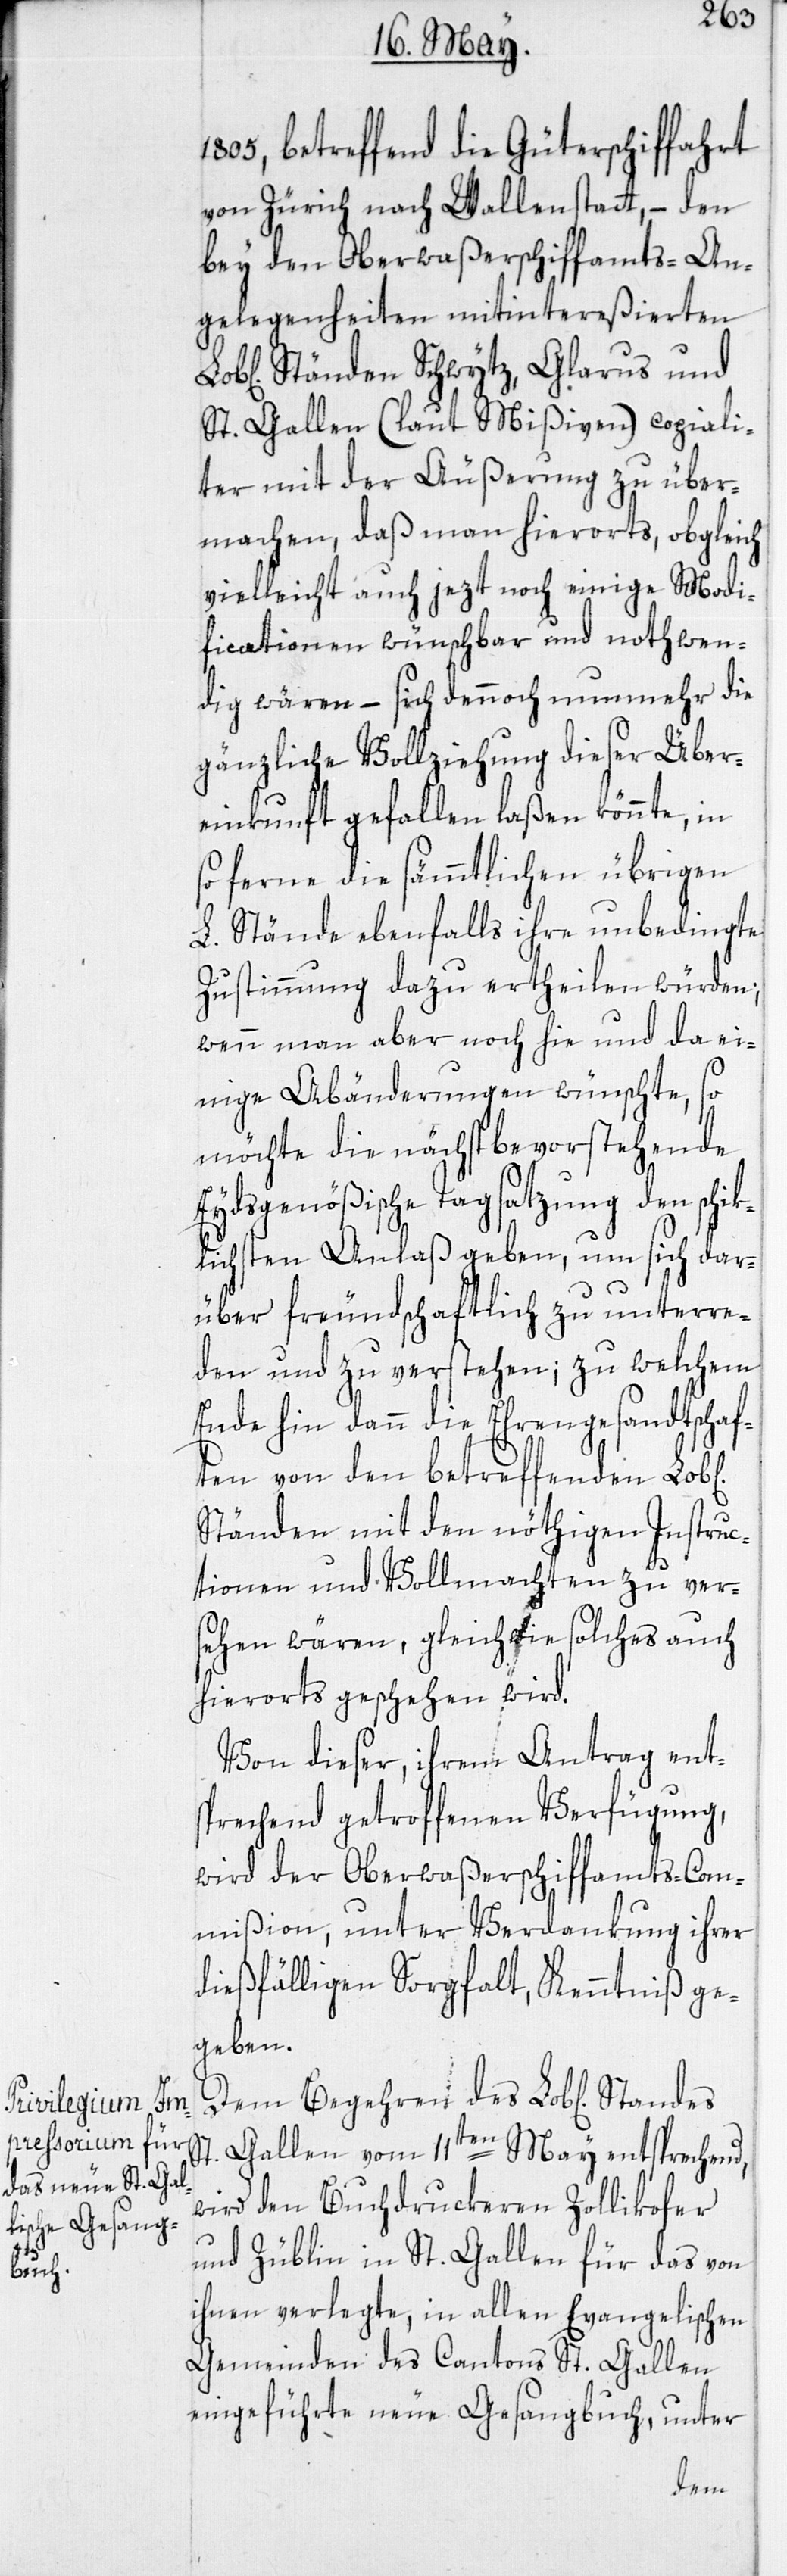
en]
ich¬

1805, betreffend die Güterschiffahrt
von Zürich nach Wallenstatt, – den
bey den Oberwaßerschiffamts-An¬
gelegenheiten mitintereßierten
Ständen Schwytz, Glarus und
St. Gallen (laut Mißiven) copiali¬
ter mit der Äußerung zu über¬
machen, daß man hierorts, obgleich
vielleicht auch jezt noch einige Modi¬
ficationen wünschbar und nothwen¬
dig wären, – sich dennoch nunmehr die
gänzliche Vollziehung dieser Über¬
einkunft gefallen laßen könnte, in
so ferne die sämmtlichen übrigen
L. Stände ebenfalls ihre unbedingte
Zustimmung dazu ertheilen würden;
wenn man aber noch hie und da ei¬
nige Abänderungen wünschte, so
möchte die nächstbevorstehende
Eydsgenößische Tagsatzung den schik¬
lichsten Anlaß geben, um sich dar¬
über freundschafltich zu unterre¬
den und zu verstehen; zu welchem
Ende hin dann die Ehrengesandtschaf¬
ten von den betreffenden Lob[l¬
Ständen mit den nöthigen Instruc¬
tionen und Vollmachten zu ver¬
sehen wären, gleichwie solches auch
hierorts geschehen wird.
Von dieser, ihrem Antrag ent¬
sprechend getroffenen Verfügung,
wird der Oberwaßerschiffamts-Com¬
mißion, unter Verdankung ihrer
dießfälligen Sorgfalt, Kenntniß ge¬
geben.
Dem Begehren des Lob[lichen]
St. Gallen vom 11ten May entsprechend,
wird den Buchdruckeren Zollikofer
und Züblin in St. Gallen, für das von
ihnen verlegte, in allen Evangelischen
Gemeinden des Cantons St. Gallen
eingeführte neue Gesangbuch, unter